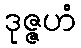
ဒုဇ္ဇဟံ